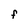
Character: F